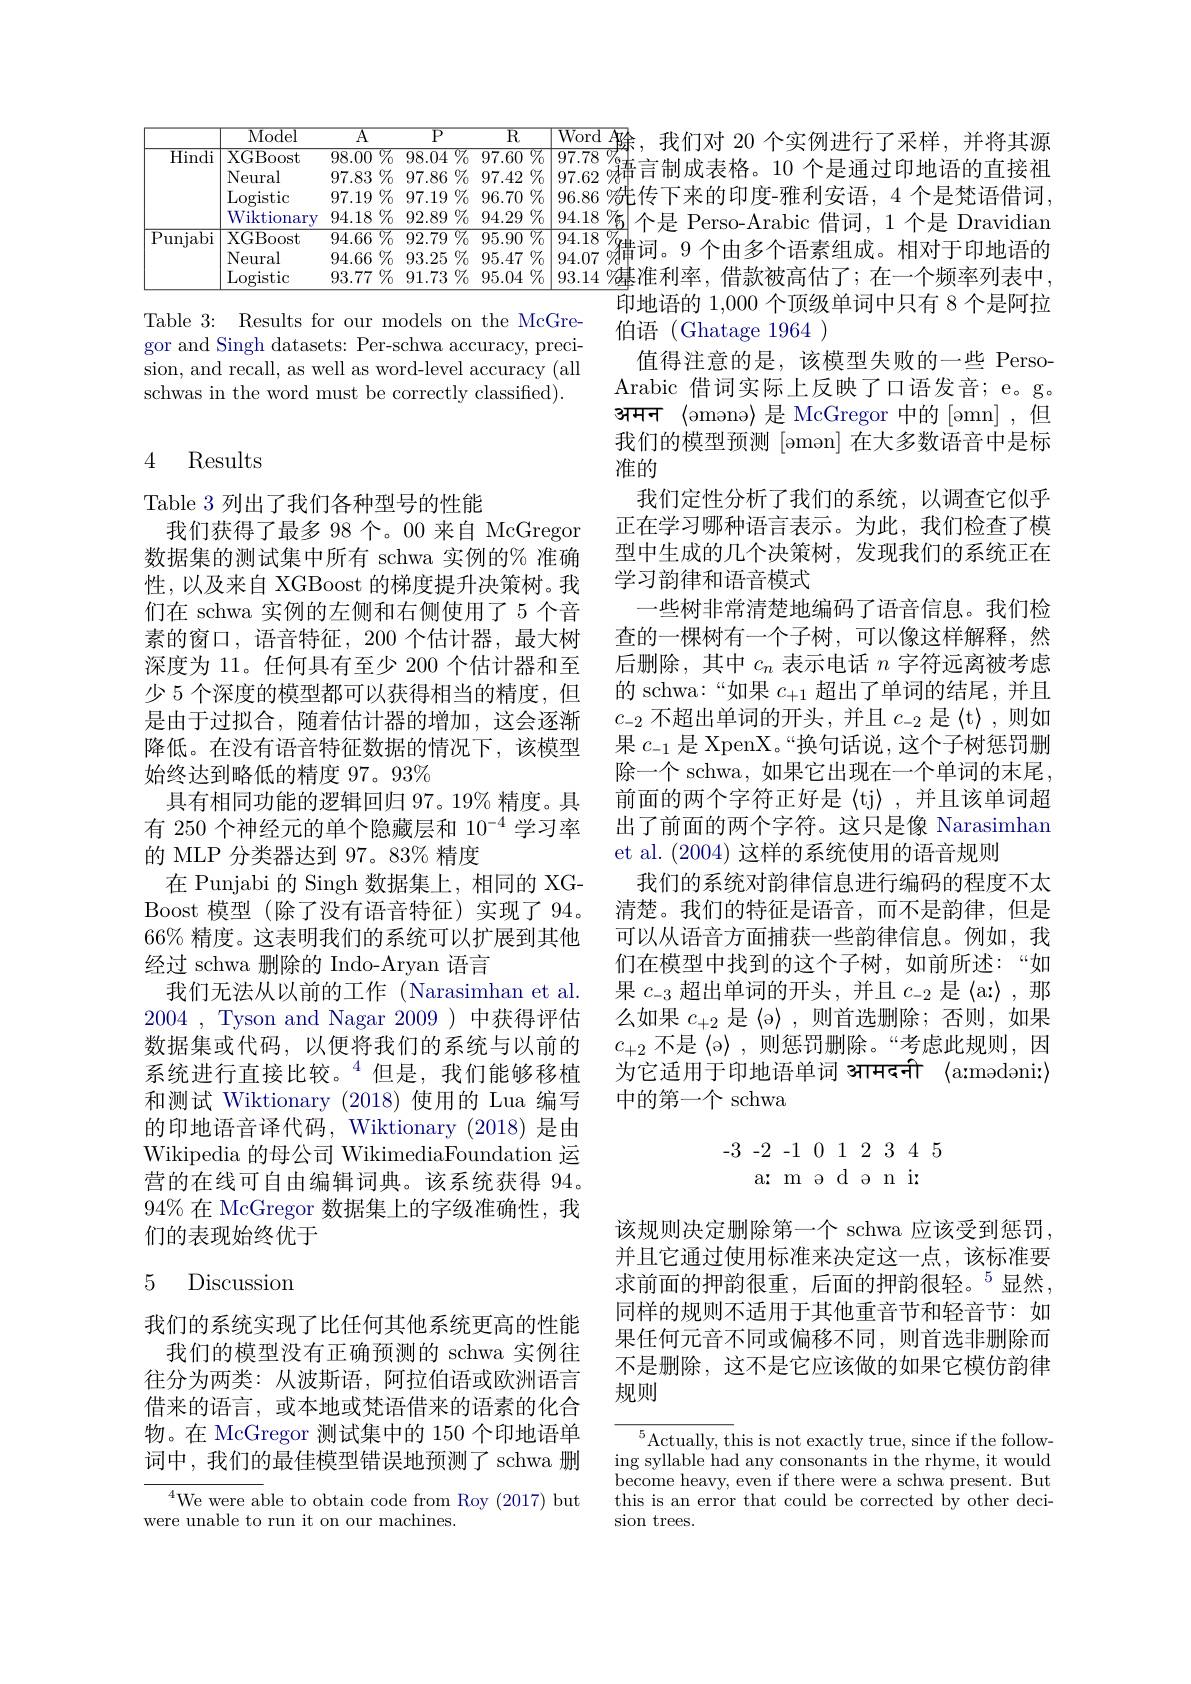
$\begin{array}{|c|c}\text{Word A}\\\hline97.78\%+\cdots&\text{我们对 20 个实例进行了采样，并将其源}\\\hline\end{array}$ $\boxed{97.78}\xrightarrow{\partial_{6}}$帝言制成表格。10 个是通过印地语的直接祖$\boxed{97.62}\xrightarrow{\partial_{6}}$ $\left|96.86\:\%\text{传下来的印度-雅利安语，4 个是梵语借词},\right|$
<table>
	<tbody>
		<tr>
			<th> </th>
			<th>$\overline{\mathrm{Model}}$</th>
			<th>$\overline{\mathrm{A}}$</th>
			<th>$\overline{{\mathrm{P}}}$</th>
			<th>$\overline{\mathrm{P}}$</th>
			<th>$I$</th>
			<th>$\overline{\mathbb{R}}$</th>
			<th>${\overline{Word}}$</th>
		</tr>
		<tr>
			<td rowspan="4">Hindi</td>
			<td>XGBoost</td>
			<td>98.00 $77_{0}$</td>
			<td>98.04</td>
			<td>:.04 ${\overline{{07}_{0}}}$</td>
			<td>$\overline{97.\epsilon}$</td>
			<td>60 ${\overline{\%}_{0}}$</td>
			<td>97.78</td>
		</tr>
		<tr>
			<td>Neural</td>
			<td>$\%$ 97.83 </td>
			<td>97.86</td>
			<td>$\%$ .86</td>
			<td>97.4</td>
			<td>42 $\%_{0}$</td>
			<td>97.62</td>
		</tr>
		<tr>
			<td>Logistic</td>
			<td>$97.19\%$</td>
			<td>97.19</td>
			<td>$\%$ 19</td>
			<td>96.7</td>
			<td>70 $\%$</td>
			<td>96.86</td>
		</tr>
		<tr>
			<td>Wiktionary</td>
			<td>$94.18\%$</td>
			<td>92.89</td>
			<td>$\%$ $\therefore89$</td>
			<td>94.2</td>
			<td>29 $\%_{0}$</td>
			<td>94.18</td>
		</tr>
		<tr>
			<td rowspan="3">${\overline{{\mathrm{Punjabi}}}}$</td>
			<td>XGBoost</td>
			<td>$\overline{94.66\:\%}$</td>
			<td>$\overline{92.79}$</td>
			<td>${\overline{{07}_{0}}}$ $\therefore79$</td>
			<td>$\overline{95.\mathbb{C}}$</td>
			<td>90 ${\overline{\%}_{0}}$</td>
			<td>94.18</td>
		</tr>
		<tr>
			<td>Neural</td>
			<td>$94.66\%$</td>
			<td>93.25</td>
			<td>:.25 $\%$</td>
			<td>95.4 </td>
			<td>47 $\%$</td>
			<td>94.07</td>
		</tr>
		<tr>
			<td>Logistic</td>
			<td>93.77 $\%$</td>
			<td>91.73</td>
			<td>$\%$ .73</td>
			<td>95.</td>
			<td>$\%$ 04</td>
			<td>93.14</td>
		</tr>
	</tbody>
</table>
$\begin{array}{|l|l}94.18\%&\text{个是 Perso-Arabic 借词，1 个是 Dravidian}\\94.18\%&\text{个是 Perso-Arabic 借词，1 个是 Dravidian}\end{array}$ $\boxed{94.18\text{ \%}^{\prime}}$。9个由多个语素组成。相对于印地语的

Table 3: Results for our models on the gor and Singh datasets: Per-schwa accu sion, and recall, as well as word-leve schwas in the word must be correctly c

### 4 Results

Table 3 列出了我们各种型号的性能
我们获得了最多 98 个。00 来自 McGregor 数据集的测试集中所有 schwa 实例的% 准确性，以及来自 XGBoost 的梯度提升决策树。我们在 schwa 实例的左侧和右侧使用了 5 个音素的窗口，语音特征，200个估计器，最大树深度为 11。任何具有至少 200 个估计器和至少 5 个深度的模型都可以获得相当的精度，但是由于过拟合，随着估计器的增加，这会逐渐降低。在没有语音特征数据的情况下，该模型始终达到略低的精度 97。93%
具有相同功能的逻辑回归 97。19% 精度。具有 250 个神经元的单个隐藏层和 10$^{-4}$学习率的 MLP 分类器达到 97。83% 精度
在 Punjabi 的 Singh 数据集上，相同的 XGBoost 模型(除了没有语音特征)实现了 94。66% 精度。这表明我们的系统可以扩展到其他经过 schwa 删除的 Indo-Aryan 语言
我们无法从以前的工作 (Narasimhan et al. 2004 , Tyson and Nagar 2009 ) 中获得评估数据集或代码，以便将我们的系统与以前的系统进行直接比较。$^{4}$但是，我们能够移植和测试 Wiktionary (2018)使用的 Lua 编写的印地语音译代码，Wiktionary (2018) 是由Wikipedia 的母公司 WikimediaFoundation 运营的在线可自由编辑词典。该系统获得 94。94% 在 McGregor 数据集上的字级准确性，我们的表现始终优于

## 5 Discussion

我们的系统实现了比任何其他系统更高的性能
我们的模型没有正确预测的 schwa 实例往往分为两类：从波斯语，阿拉伯语或欧洲语言借来的语言，或本地或梵语借来的语素的化合物。在 McGregor 测试集中的 150 个印地语单词中，我们的最佳模型错误地预测了 schwa 删

$^{4}$We were able to obtain code from
were unable to run it on our machines.

印地语的 1,000 个顶级单词中只有 8 个是阿拉
伯语(Ghatage 1964 )
值得注意的是，该模型失败的一些 PersoArabic 借词实际上反映了口语发音；e。g。$\textbf{अ म न }\langle$omono$\rangle$是 McGregor 中的[omn],但我们的模型预测[aman] 在大多数语音中是标准的
我们定性分析了我们的系统，以调查它似乎正在学习哪种语言表示。为此，我们检查了模型中生成的几个决策树，发现我们的系统正在学习韵律和语音模式
一些树非常清楚地编码了语音信息。我们检查的一棵树有一个子树，可以像这样解释，然后删除，其中$c_n$表示电话$n$字符远离被考虑的 schwa:“如果$c_+1$超出了单词的结尾，并且$c_{-2}$不超出单词的开头，并且$c_-2$是《t》,则如果$c_{-1}$是 XpenX。“换句话说，这个子树惩罚删除一个 schwa, 如果它出现在一个单词的末尾， 前面的两个字符正好是〈tj〉,并且该单词超出了前面的两个字符。这只是像 Narasimhan et al. (2004)这样的系统使用的语音规则
我们的系统对韵律信息进行编码的程度不太清楚。我们的特征是语音，而不是韵律，但是可以从语音方面捕获一些韵律信息。例如，我们在模型中找到的这个子树，如前所述：“如果$c_{-3}$超出单词的开头，并且$c_-2$是$\langle$a$;\rangle$ 么如果$c_{+2}$是《a》,则首选删除；否则，如果$c_{+2}$不是〈ə〉,则惩罚删除。“考虑此规则，因为它适用于印地语单词 श्रामदनी \langle a:modoni:\rangle 中的第一个 schwa
$$\begin{array}{rrrrrrrrr}-3&-2&-1&0&1&2&3&4&5\\&\text{a:}&\text{m}&\text{a}&\text{d}&\text{o}&\text{n}&\text{i:}\end{array}$$
该规则决定删除第一个 schwa 应该受到惩罚， 并且它通过使用标准来决定这一点，该标准要求前面的押韵很重，后面的押韵很轻。$^5$显然， 同样的规则不适用于其他重音节和轻音节：如果任何元音不同或偏移不同，则首选非删除而不是删除，这不是它应该做的如果它模仿韵律规则

$\overline{{^5\text{Actually, th}}}$is is not exactly true, since if the following syllable had any consonants in the rhyme, it would become heavy, even if there were a schwa present. But this is an error that could be corrected by other decision trees.